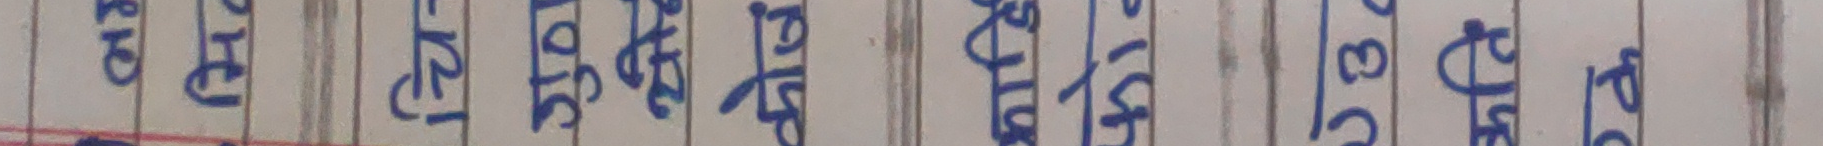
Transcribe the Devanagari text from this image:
कथा | चित्र | उत्तर | पुस्तक | ज्ञान | प्रश्ना | शिक्षा | भाषा | विषय | परीक्षा | पाठ